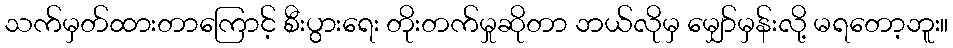
သက်မှတ်ထားတာကြောင့် စီးပွားရေး တိုးတက်မှုဆိုတာ ဘယ်လိုမှ မျှော်မှန်းလို့ မရတော့ဘူး။